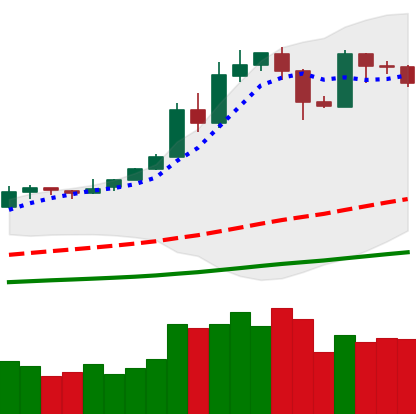
Ticker: BTC-USD
Chart end date: 2019-05-22
Forward return: 14.658%
Label: up_7plus